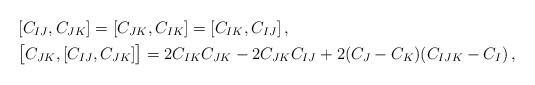
LaTeX: \begin{align*}&[C_{IJ},C_{JK}]=[C_{JK},C_{IK}]=[C_{IK},C_{IJ}]\,, \\&\big[C_{JK},[C_{IJ},C_{JK}]\big]=2 C_{IK}C_{JK}-2C_{JK}C_{IJ} + 2(C_J-C_K)(C_{IJK} -C_I)\,, \end{align*}